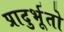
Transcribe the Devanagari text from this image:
प्रादुर्भूतो